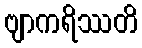
ဗျာကရိဿတိ